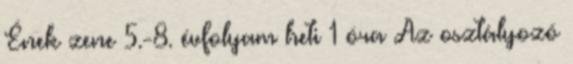
Ének zene 5.-8. évfolyam heti 1 óra Az osztályozó